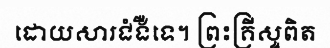
ដោយសារជំងឺទេ។ ព្រះគ្រីស្ទពិត